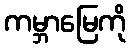
ကမ္ဘာမြေကို